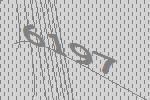
6197